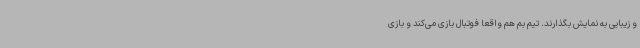
و زیبایی به نمایش بگذارند. تیم بم هم واقعا فوتبال بازی می‌کند و بازی